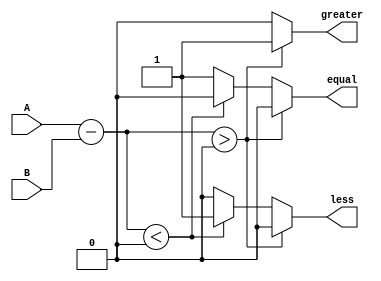
module unsigned_comparator(
    input [7:0] A,
    input [7:0] B,
    output reg greater,
    output reg less,
    output reg equal
);

reg [7:0] difference;

always @* begin
    difference = A - B;
    if (difference > 0)
        begin
            greater = 1;
            less = 0;
            equal = 0;
        end
    else if (difference < 0)
        begin
            greater = 0;
            less = 1;
            equal = 0;
        end
    else
        begin
            greater = 0;
            less = 0;
            equal = 1;
        end
end

endmodule